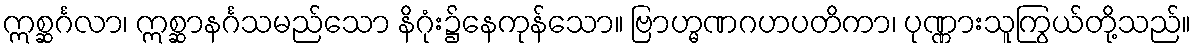
ဣစ္ဆင်္ဂလာ၊ ဣစ္ဆာနင်္ဂသမည်သော နိဂုံး၌နေကုန်သော။ ဗြာဟ္မဏဂဟပတိကာ၊ ပုဏ္ဏားသူကြွယ်တို့သည်။